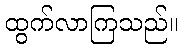
ထွက်လာကြသည်။